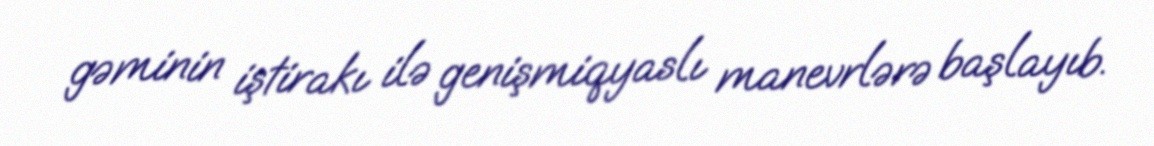
gəminin iştirakı ilə genişmiqyaslı manevrlərə başlayıb.